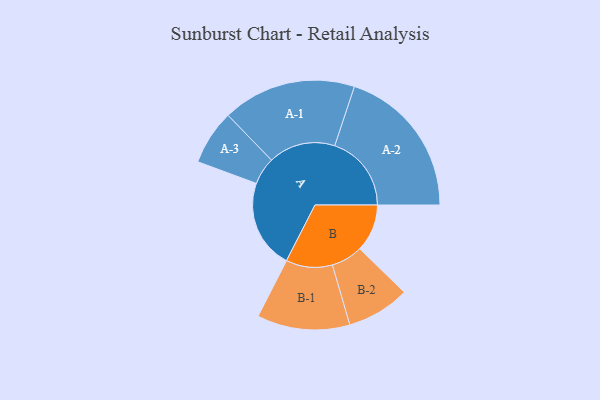
{"axis": {"x": "Segment", "y": "Value"}, "legend": ["", "A", "B"], "data": [{"x": "A", "y": 347, "type": ""}, {"x": "B", "y": 185, "type": ""}, {"x": "A-1", "y": 261, "type": "A"}, {"x": "A-2", "y": 299, "type": "A"}, {"x": "A-3", "y": 107, "type": "A"}, {"x": "B-1", "y": 181, "type": "B"}, {"x": "B-2", "y": 123, "type": "B"}]}